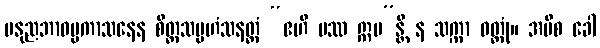
မနုညဘာဝပ္ပကာသနေန စိတ္တသမ္ပဟံသနတ္ထံ “ဧဟိ ပဿ ဣမ”န္တိ န သက္ကာ ဝတ္တုံ။ အပိစ ခေါ